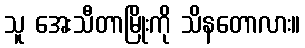
သူ အေးသီတာမြိုးကို သိနတောလား။